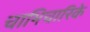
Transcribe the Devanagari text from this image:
चाभिचारिके